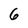
Character: 6